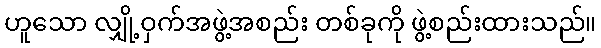
ဟူသော လျှို့ဝှက်အဖွဲ့အစည်း တစ်ခုကို ဖွဲ့စည်းထားသည်။